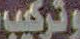
وتركيب